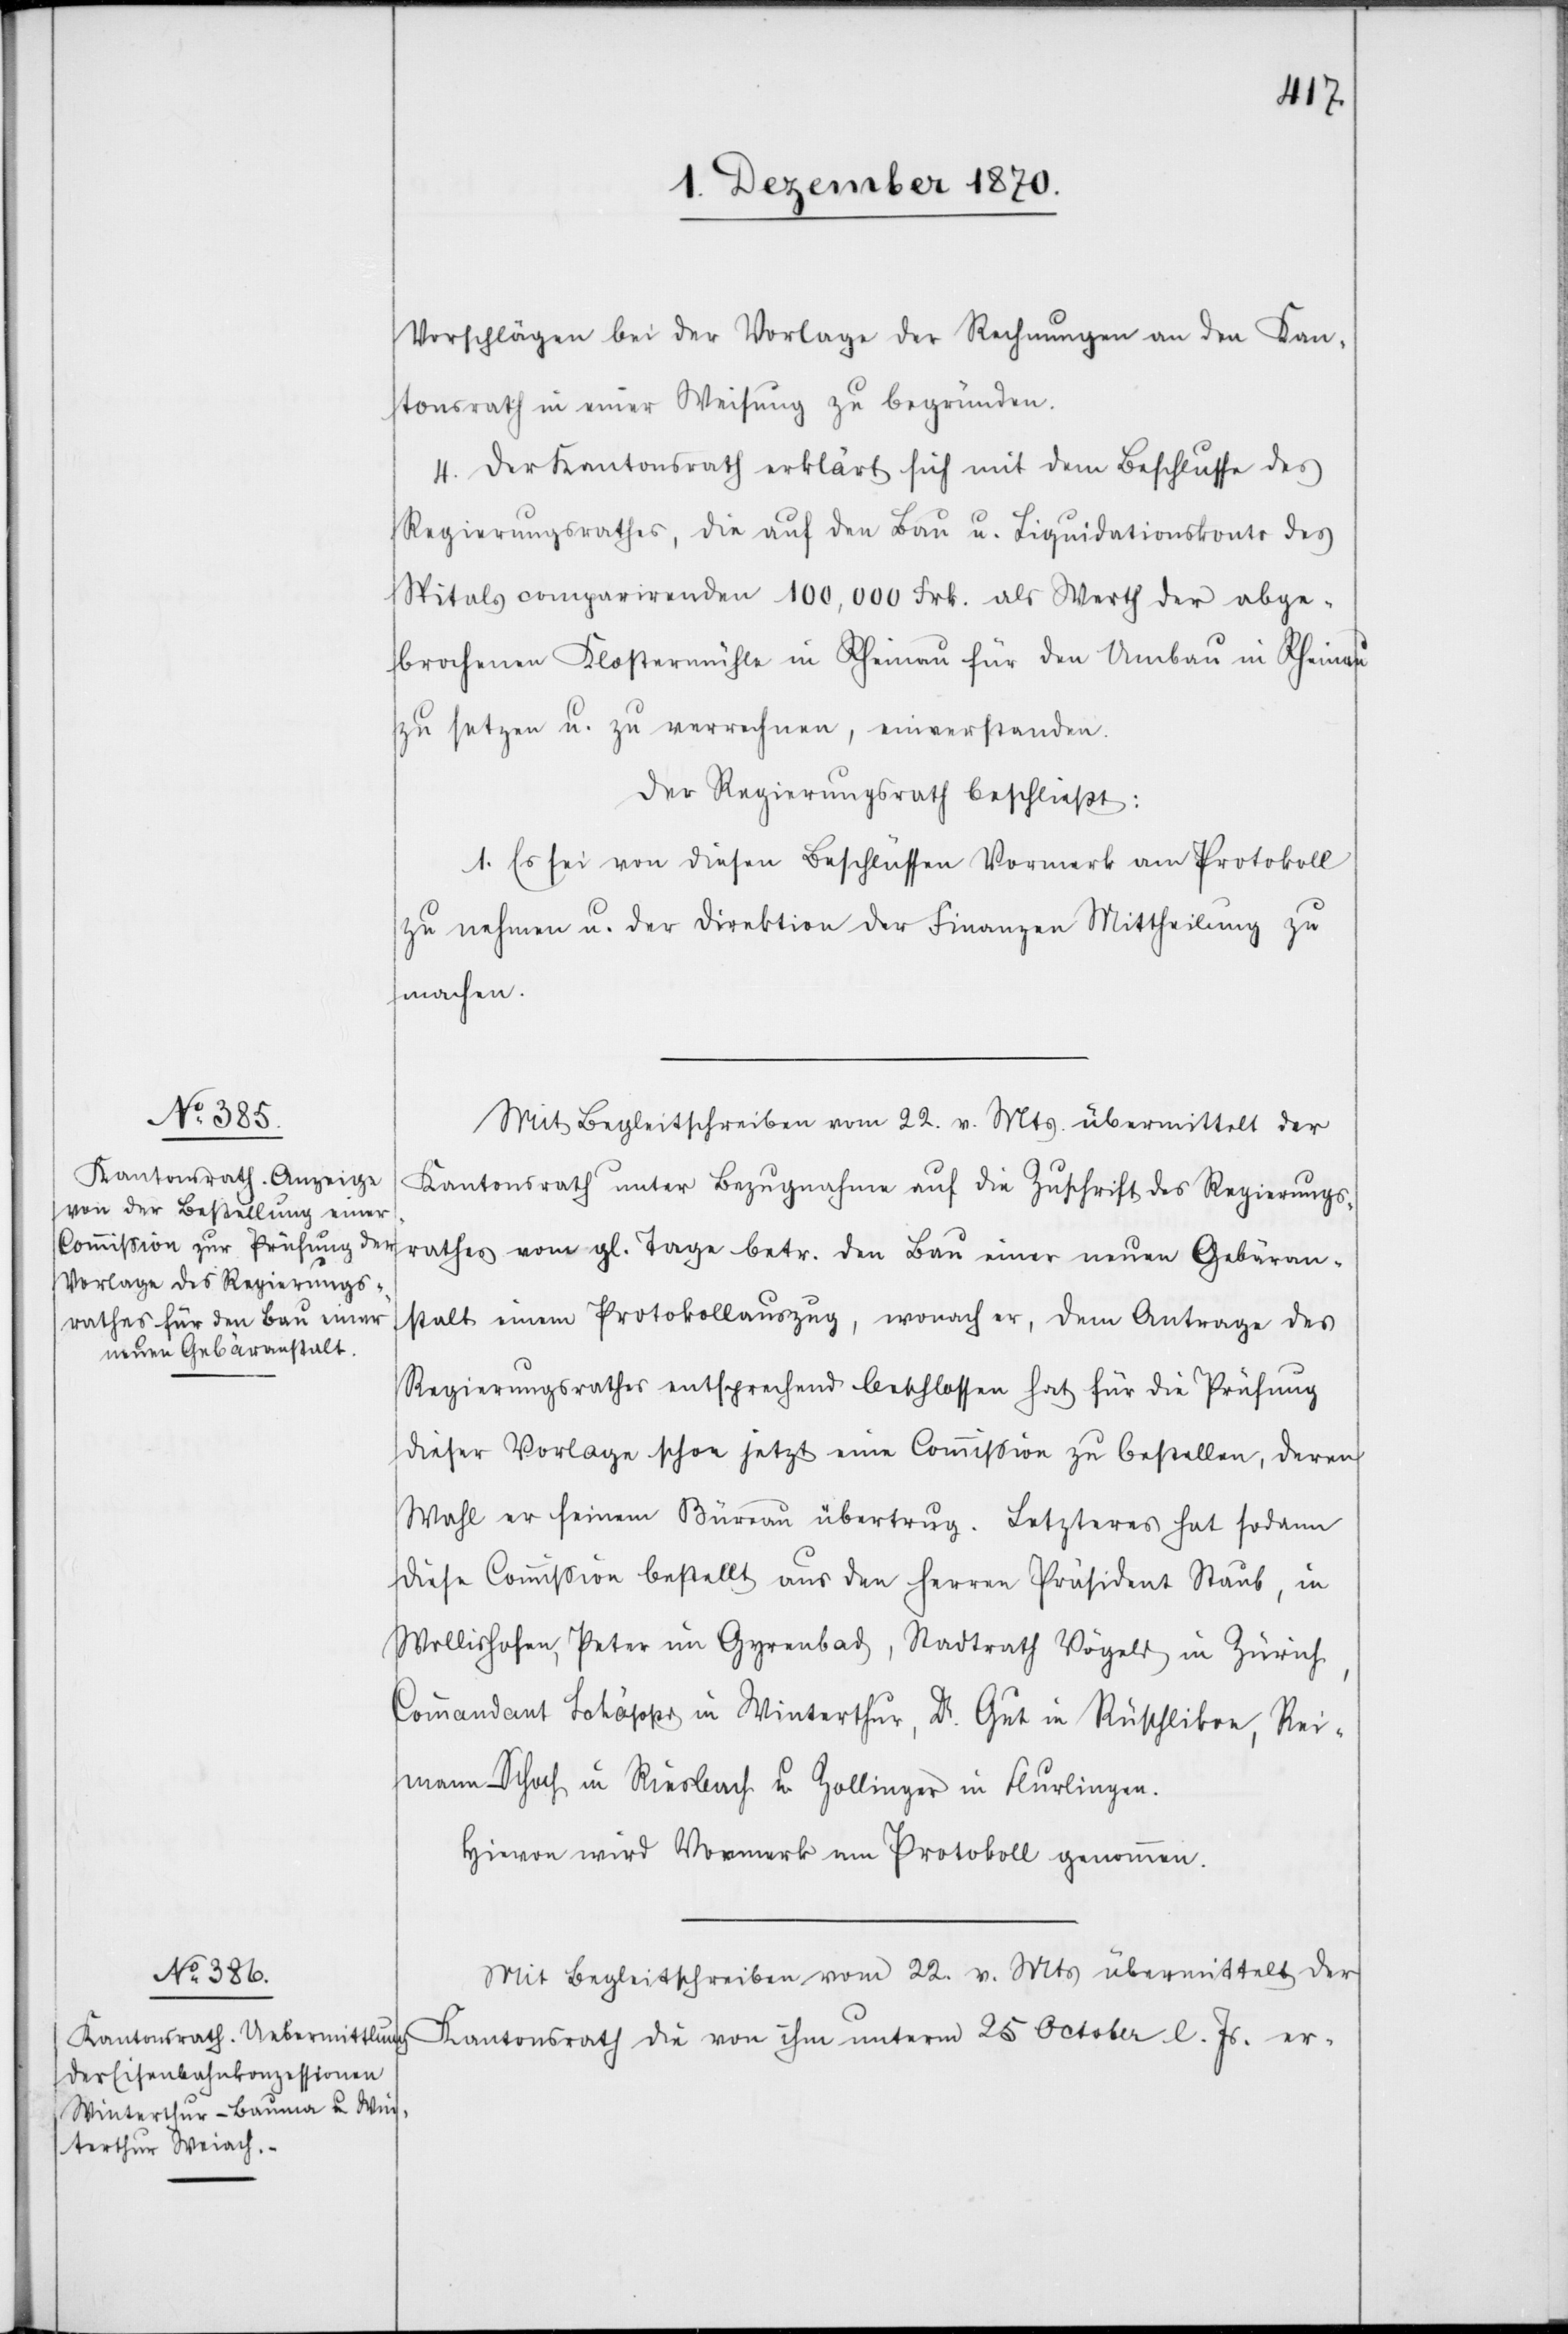
Vorschlägen bei der Vorlage der Rechnungen an den Kan¬
tonsrath in einer Weisung zu begründen.
4. Der Kantonsrath erklärt sich mit dem Beschlusse des
Regierungsrathes, die auf dem Bau u. Liquidationskonto des
Spitals comparirenden 100,000 Frk. als Werth der abge¬
brochenen Klostermühle in Rheinau für den Umbau in Rheinau
zu setzen u. zu verrechnen, einverstanden.
Der Regierungsrath beschließt:
1. Es sei von diesen Beschlüssen Vormerk am Protkoll
zu nehmen u. der Direktion der Finanzen Mittheilung zu
machen.
Mit Begleitschreiben vom 22. v. Mts. übermittelt der
Kantonsrath unter Bezugnahme auf die Zuschrift des Regierungs¬
rathes vom gl. Tage betr. den Bau einer neuen Gebäran¬
stalt einem [sic!] Protokollauszug, wonach er, dem Antrage des
Regierungsrathes entsprechend beschlossen hat für die Prüfung
dieser Vorlage schon jetzt eine Commißion zu bestellen, deren
Wahl er seinem Büreau übertrug. Letzteres hat sodann
diese Commißion bestellt aus den Herren Präsident Staub, in
Wollishofen, Peter im Gyrenbad, Stadtrath Vögeli in Zürich,
Commandant Lokäppr in Winterthur, Dr. Gut in Rüschlikon, Rei¬
mann-Schoch in Riesbach u. Zollinger in Flurlingen.
Hievon wird Vormerk am Protokoll genommen.
Kantonsrath die von ihm unterm 25 October l. Js. er-